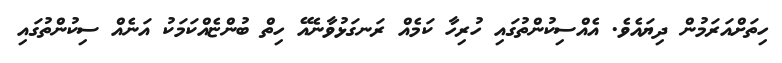
ހިތަށްއަރަމުން ދިޔައެވެ. އެއްސިކުންތުގައި ހުރިހާ ކަމެއް ރަނގަޅުވާނެއޭ ހިތް ބުންޏެއްކަމަކު އަނެއް ސިކުންތުގައި